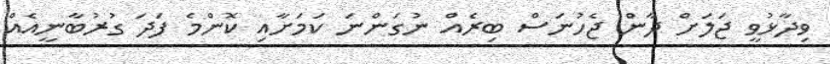
ވިދާޅުވީ ޖަލަށް ދާން ޖެހުނަސް ބިރެއް ނުގަންނަ ކަމަށާއި ކޮންމެ ފަދަ ގުރުބާނީއެއް